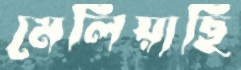
মেলিয়াছি